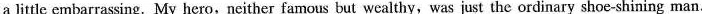
a little embarrassing. My hero,neither famous but wealthy, was just the ordinary shoe-shining man.